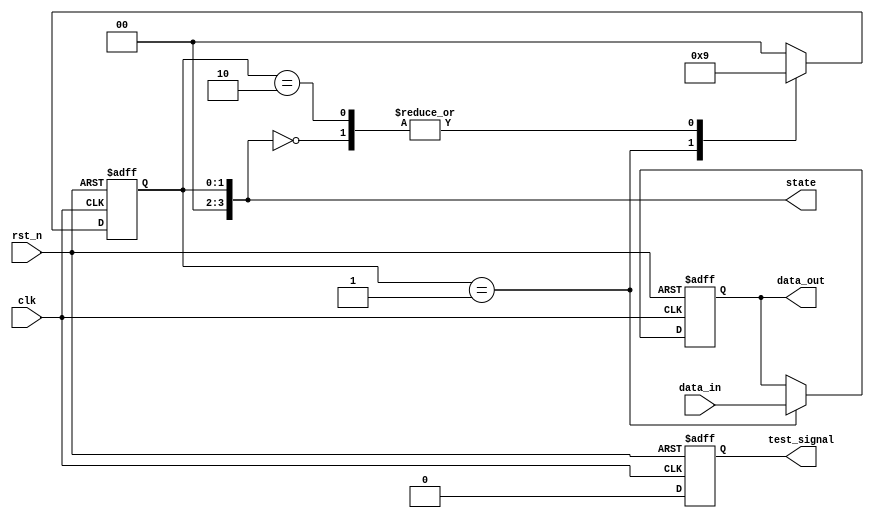
module reset_condition_block (
    input wire clk,                // Clock signal
    input wire rst_n,              // Active-low reset signal
    input wire [7:0] data_in,      // Example data input
    output reg [7:0] data_out,      // Example data output
    output reg [3:0] state,         // Internal state variable
    output reg test_signal          // Test signal for debug purposes
);

// Define the states
localparam STATE_RESET = 4'b0000;
localparam STATE_IDLE  = 4'b0001;
localparam STATE_PROCESS = 4'b0010;

// Initial state
initial begin
    state = STATE_RESET;
    data_out = 8'b0;
    test_signal = 1'b0;
end

// Synchronous reset behavior
always @(posedge clk or negedge rst_n) begin
    if (!rst_n) begin
        // Reset condition met, transition to reset state
        state <= STATE_RESET;
        data_out <= 8'b0; // Reset data output
        test_signal <= 1'b1; // Indicate reset occurred
    end else begin
        // Reset test signal after one clock cycle
        test_signal <= 1'b0;

        // State management logic
        case (state)
            STATE_RESET: begin
                // Transition to idle state after reset
                state <= STATE_IDLE;
            end
            
            STATE_IDLE: begin
                // Process input data in idle state
                data_out <= data_in; // Example processing
                state <= STATE_PROCESS; // Move to processing state
            end
            
            STATE_PROCESS: begin
                // Continue processing or transition based on conditions
                // For simplicity, we will just go back to idle
                state <= STATE_IDLE; // Loop back to idle
            end
            
            default: begin
                state <= STATE_RESET; // Fallback to reset state
            end
        endcase
    end
end

endmodule